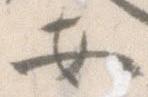
安